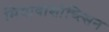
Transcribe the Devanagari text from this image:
मियावाशोच्त्सिन